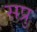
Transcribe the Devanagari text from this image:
सप्रु